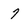
Character: 7